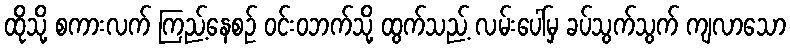
ထိုသို့ စကားလက် ကြည့်နေစဉ် ဝင်းဝဘက်သို့ ထွက်သည့် လမ်းပေါ်မှ ခပ်သွက်သွက် ကျလာသော